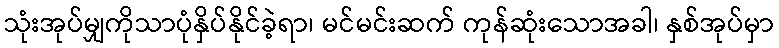
သုံးအုပ်မျှကိုသာပုံနှိပ်နိုင်ခဲ့ရာ၊ မင်မင်းဆက် ကုန်ဆုံးသောအခါ၊ နှစ်အုပ်မှာ